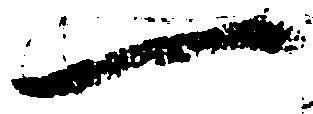
一